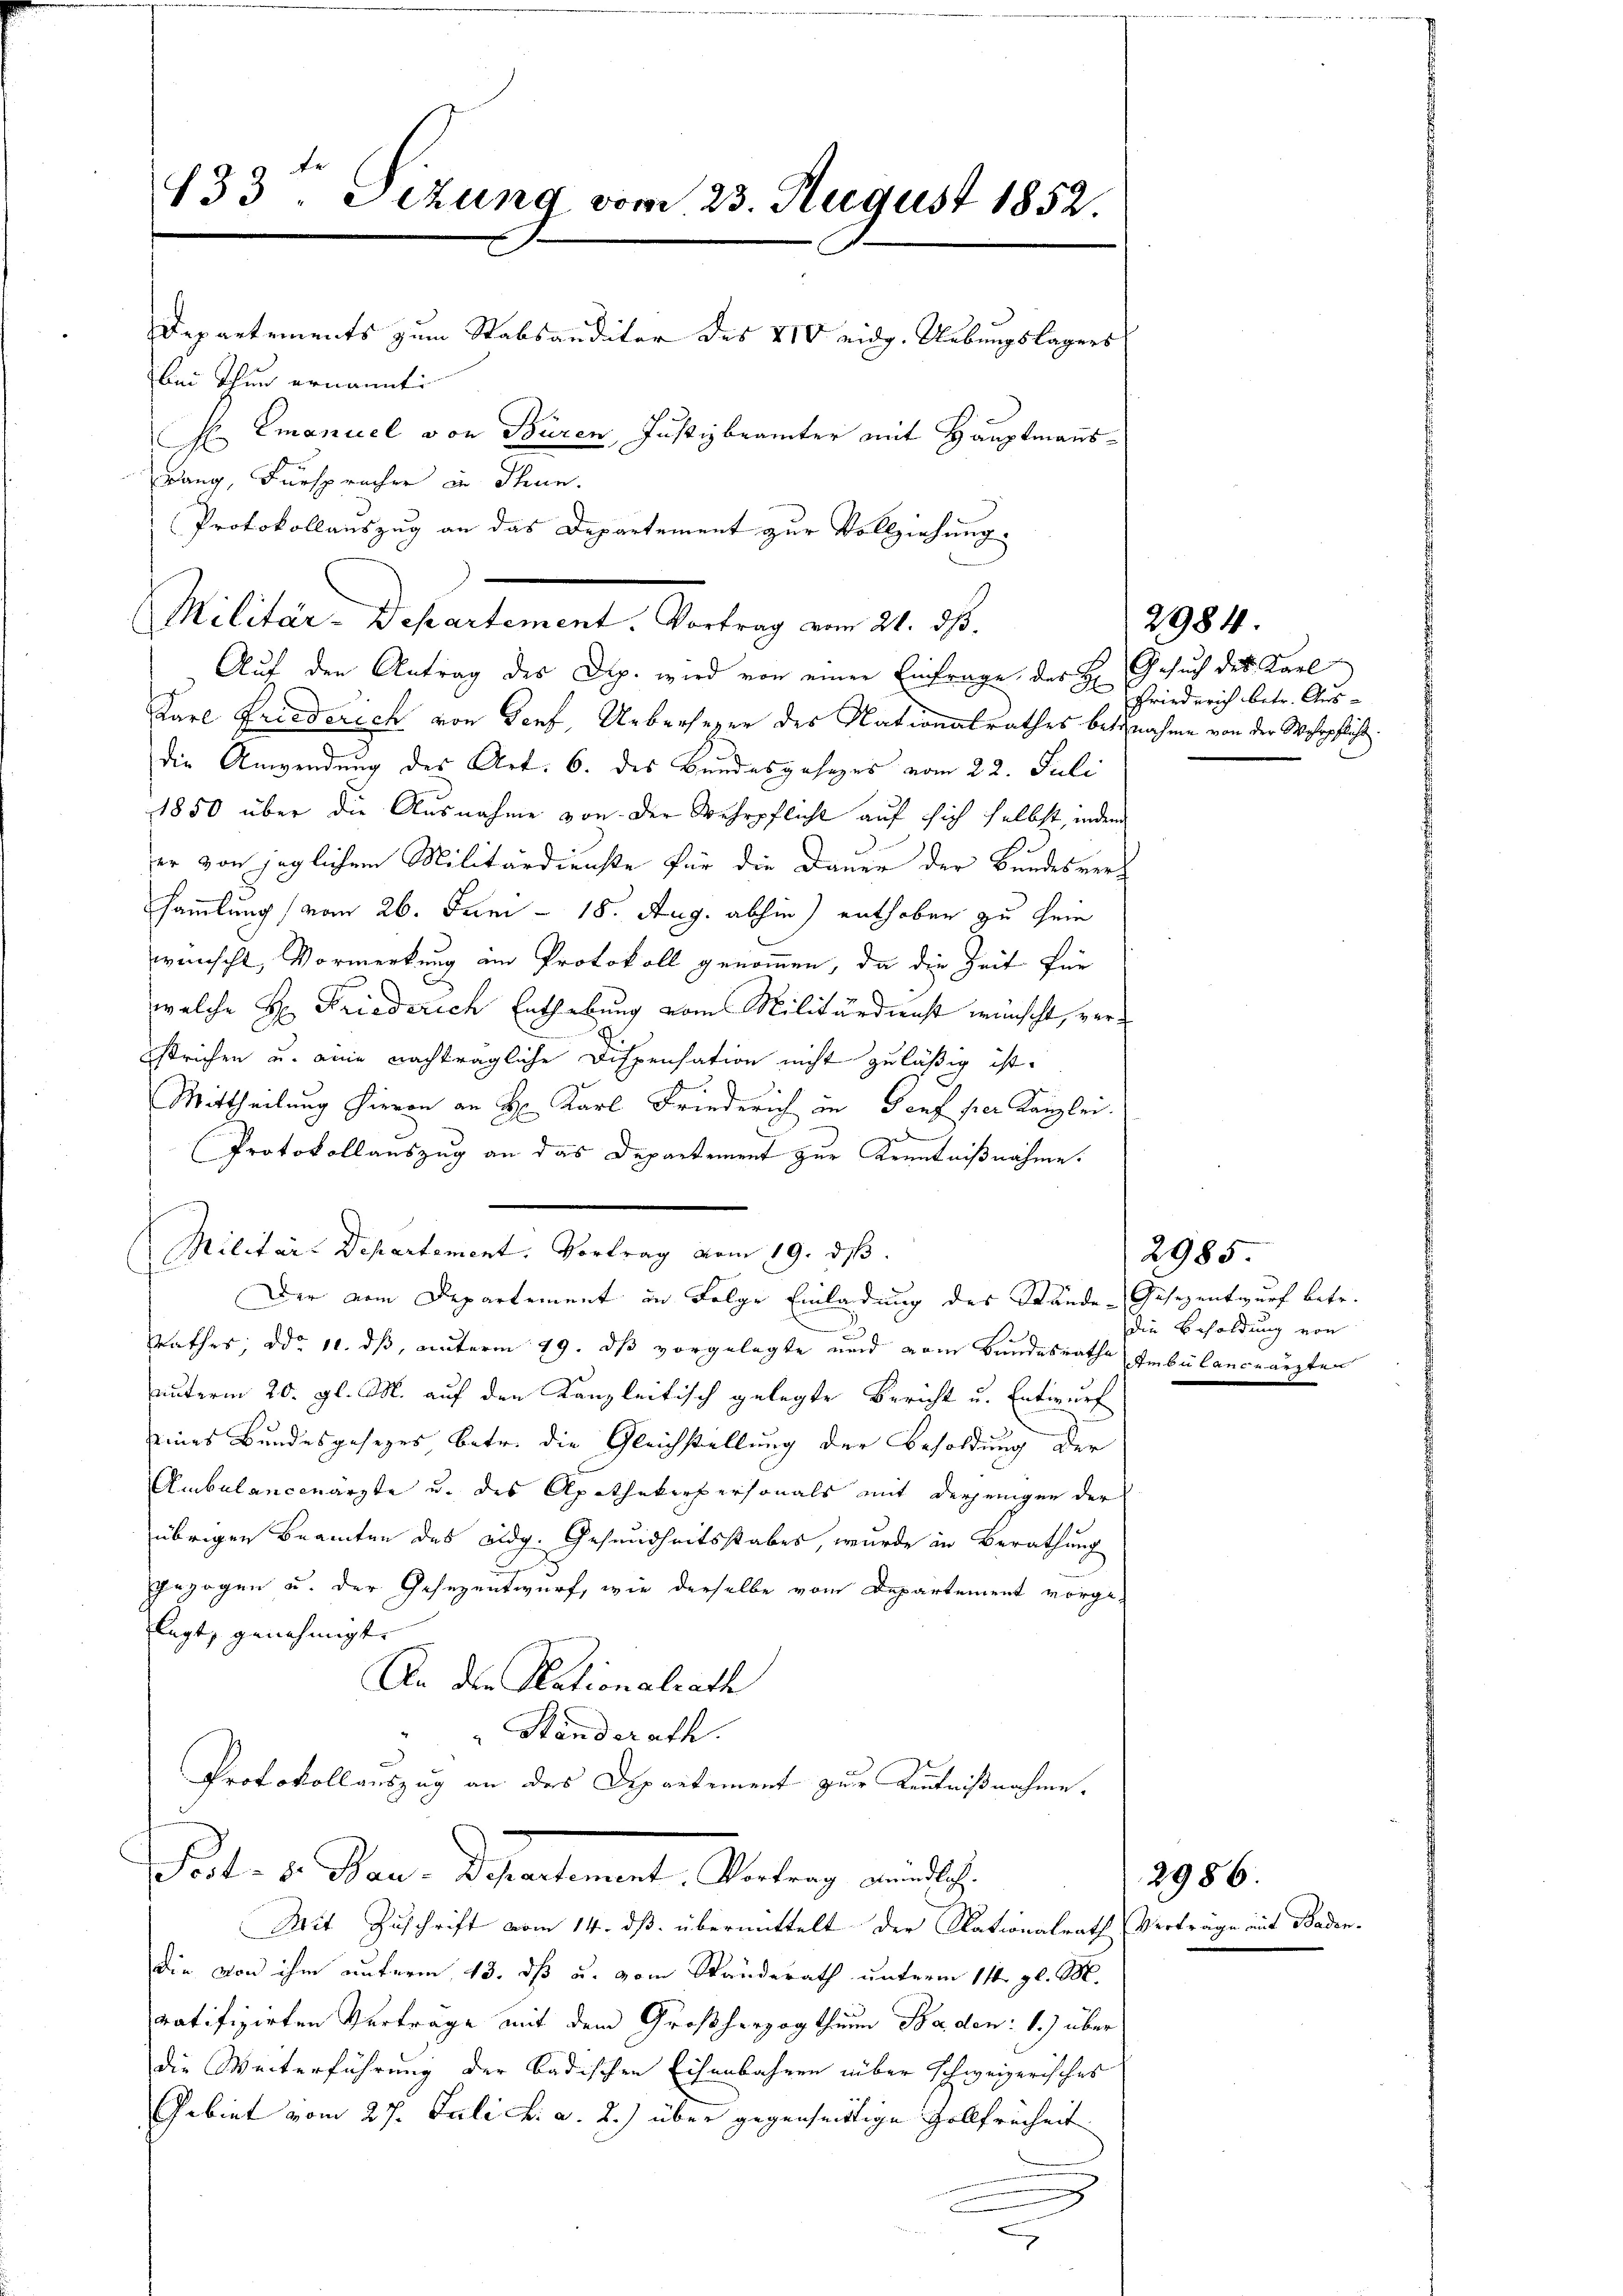
133. Sizung vom 23. August 1852.
Departements zum Stabsauditor des XIV eidg. Uebungslagers
bei Thun ernannt
H. Emanuel von Büren, Justizbeamter mit Hauptmannsrang, Fürsprücher in Thun.
Protokollauszug an das Departement zur Vollziehung.

Militar Departement. Antrag am 21. ds.
Auf den Antrag des Dip. wird von einer Einfrage des H. Gesuch des Karl
Karl Friederich von Senf, Uebersezer des Nationalrathes betrnahme von der Wehrpflicht.
die Anwendung des Art: 6. des Bundesgesezes vom 22. Juli
1850 über die Ausnahme von der Wehrpflicht auf sich selbst, indem
er von jeglichem Militärdienste für die Dauer der Bundesversammlung (vom 26. Juni - 18. Aug. abhin) enthoben zu sein
wünscht, Vormerkung am Protokoll genommen, da die Zeit für
welche H: Friederich Enthebung vom Militärdienst wünscht, ver¬
.
Estrichen u. eine nachträgliche Dispensation nicht zuläßig ist.
Mittheilung hievon an H: Karl Friederich an Torf per Kanzlei.
Protokollauszug an das Departement zur Kenntnißnahme.
Militär-Departement. Vortrag vom 19. dβ
Der vom Departement in Folge Einladung des Stände Gesezentwurf betr.
euther; ddo 11. ds, unterm 19. ds vorgelegte und vom Bundesrathe Ambülanceärzten
unterm 20. gl. M. auf den Kanzleitisch gelegte Bericht u. Entwurf
eines Bundesgesezes betr. die Gleichstellung der Besoldung der
Ambulancenärzte u. des Apothekerpersonals mit derjenigen der
übrigen Beamten des Eidg. Gesundheitsstabes, wurde in Berathung
gezogen u. der Gesezentwurf, wie derselbe vom Departement vorgelegt, genehmigt. |
An der Nationalrath
Standerath.
Protokollauszug an des Departement zur Kentnißnahme.
Fest - 5. Bau-Departement, Vortrag mündlich.
Mit Zuschrift vom 14. ds. übermittelt der Nationalrath Verträge auf Baden-
die von ihm unterm 13. dß u. vom Standerath unterm 11. gl. M.
ratifizirten Vertrage mit dem Großherzogthum Baden: 1.) über
die Weiterführung der badischen Eisenbahren über schweizerisches
Gebiet vom 27. Juli v. a. 2) über gegenseitige Gollfreiheit
e

Friederich betr. Aus-

2984.

2985
die Besoldung von

2986.